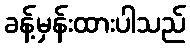
ခန့်မှန်းထားပါသည်